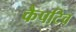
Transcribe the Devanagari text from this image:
कैपटिव